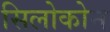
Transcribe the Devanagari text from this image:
सिलोकोन